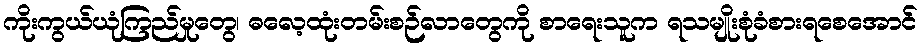
ကိုးကွယ်ယုံကြည်မှုတွေ၊ ဓလေ့ထုံးတမ်းစဉ်လာတွေကို စာရေးသူက ရသမျိုးစုံခံစားရစေအောင်